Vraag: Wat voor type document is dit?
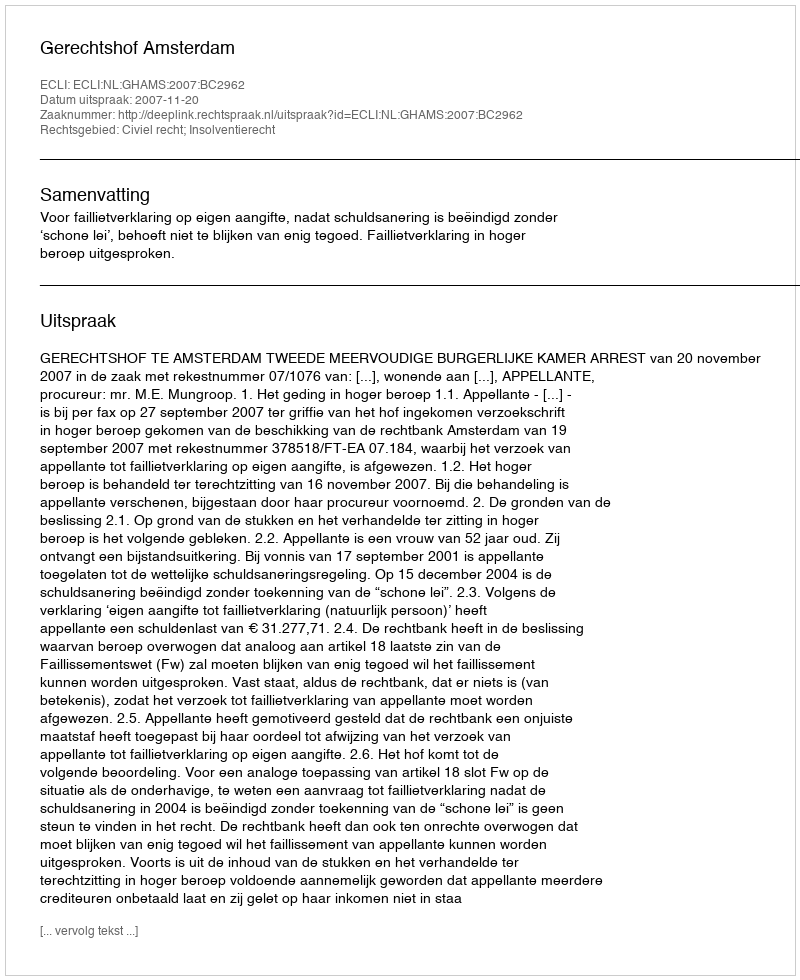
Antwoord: Uitspraak